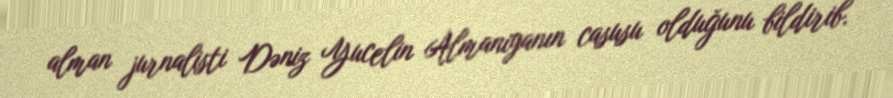
alman jurnalisti Dəniz Yucelin Almaniyanın casusu olduğunu bildirib.